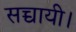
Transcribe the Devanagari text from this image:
सच्चायी।